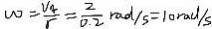
w = \frac { V _ { 4 } } { r } = \frac { 2 } { 0 . 2 } r a d / s = 1 0 r a d / s